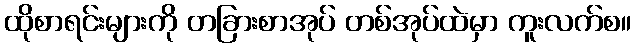
ထိုစာရင်းများကို တခြားစာအုပ် တစ်အုပ်ထဲမှာ ကူးလက်စ။